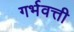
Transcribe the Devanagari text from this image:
गर्भवत्ती